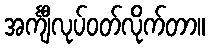
အင်္ကျီလုပ်ဝတ်လိုက်တာ။